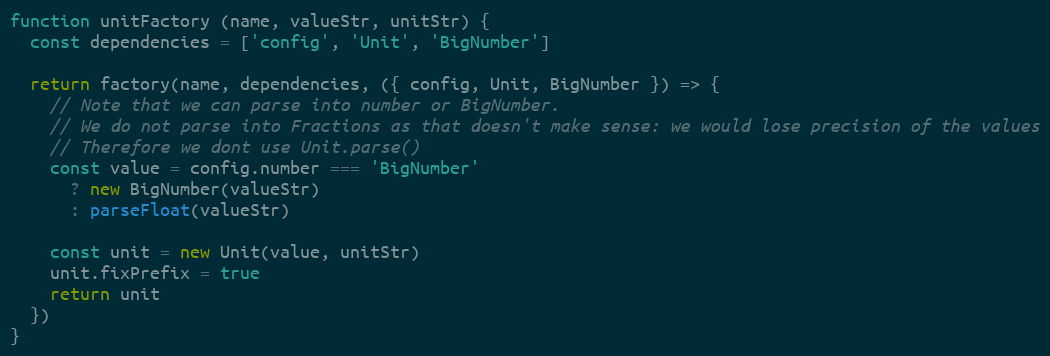
Language: JavaScript
function unitFactory (name, valueStr, unitStr) {
  const dependencies = ['config', 'Unit', 'BigNumber']

  return factory(name, dependencies, ({ config, Unit, BigNumber }) => {
    // Note that we can parse into number or BigNumber.
    // We do not parse into Fractions as that doesn't make sense: we would lose precision of the values
    // Therefore we dont use Unit.parse()
    const value = config.number === 'BigNumber'
      ? new BigNumber(valueStr)
      : parseFloat(valueStr)

    const unit = new Unit(value, unitStr)
    unit.fixPrefix = true
    return unit
  })
}